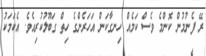
ރޭ ފެނުމުން ކޮންމެ ވެސް ކަމެއް ހިނގާކަން އަހަރެންގެ ހިތް ގަބޫލުކުރިއެވެ. އެކަމަކު